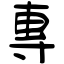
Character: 專